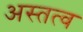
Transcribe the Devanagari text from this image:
अस्तत्व